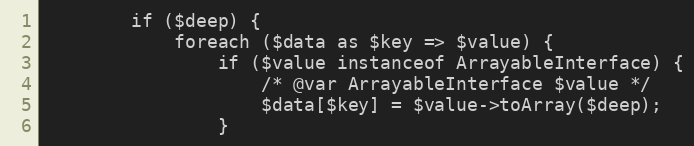
Language: PHP
        if ($deep) {
            foreach ($data as $key => $value) {
                if ($value instanceof ArrayableInterface) {
                    /* @var ArrayableInterface $value */
                    $data[$key] = $value->toArray($deep);
                }